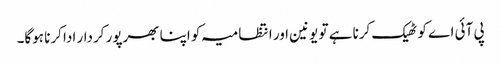
پی آئی اے کو ٹھیک کرنا ہے تو یونین اور انتظامیہ کو اپنا بھرپور کردار ادا کرنا ہوگا۔